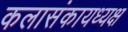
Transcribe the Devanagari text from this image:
कलासंकायध्यक्ष